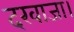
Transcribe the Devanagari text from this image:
दरवाजा।